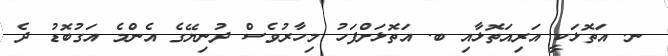
ނ. އަތޮޅަކީ އަރިއަތޮޅާއި ބ. އަތޮޅަށްފަހު މިހާރުވެސް ދުނިޔޭގެ އެންމެ އަގުބޮޑު ދެ